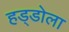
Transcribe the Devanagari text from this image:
हड्डोला